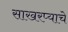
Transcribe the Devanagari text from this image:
साखरप्याचे